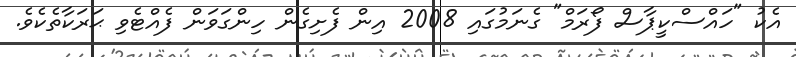
އެކު "ހައްސްކީޕާސް ފޯރަމް" ގެނަމުގައި 2008 އިން ފެށިގެން ހިންގަވަން ފެއްޓެވި ޙަރަކާތެކެވެ.